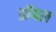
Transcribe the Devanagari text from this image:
डाॅयल